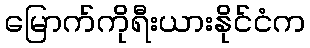
မြောက်ကိုရီးယားနိုင်ငံက